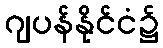
ဂျပန်နိုင်ငံ၌